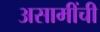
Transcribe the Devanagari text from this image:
असामींची